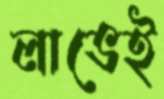
লাভেই